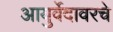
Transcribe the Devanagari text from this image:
आयुर्वेदावरचे